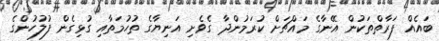
ބައެއް ފަރާތްތަކުން އޭނާގެ މައްޗަށް ކުރަމުންދާ ގެވެށި އަނިޔާގެ ތުހުމަތާއި ގުޅިގެން ފުލުހުންގެ